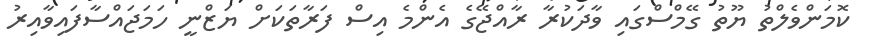
ކޮމަންވެލްތު ޔޫތު ގޭމްސްގައި ވާދަކުރާ ރާއްޖޭގެ އެންމެ އިސް ފަރާތަކަށް ޔަޒްނީ ހަމަޖައްސާފައިވާއިރު